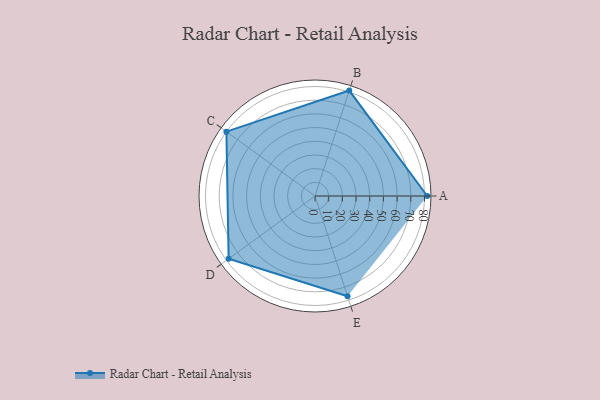
{"axis": {"x": "Skill", "y": "Score"}, "legend": ["Profile"], "data": [{"x": "A", "y": 82.0, "type": "Profile"}, {"x": "B", "y": 81.0, "type": "Profile"}, {"x": "C", "y": 80.0, "type": "Profile"}, {"x": "D", "y": 78.0, "type": "Profile"}, {"x": "E", "y": 77.0, "type": "Profile"}]}